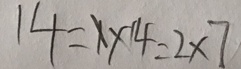
1 4 = 1 \times 1 4 = 2 \times 7